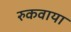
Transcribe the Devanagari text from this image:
रुकवाया